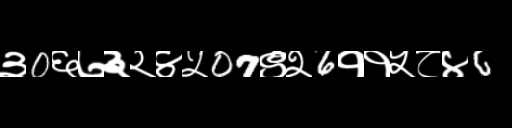
Text: ३0६७३२४५07९२6११५८४6